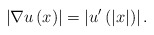
\begin{align*}\left\vert \nabla u\left( x\right) \right\vert =\left\vert u^{\prime}\left(\left\vert x\right\vert \right) \right\vert .\end{align*}